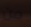
من